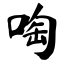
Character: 啕